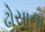
ઢોસાના